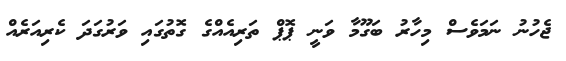
ޖެހުނު ނަމަވެސް މިހާރު ބަގޫމާ ވަނީ ޕޮޕް ތަރިއެއްގެ ގޮތުގައި ވަރުގަދަ ކެރިއަރެއް